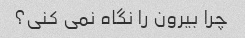
چرا بیرون را نگاه نمی کنی؟